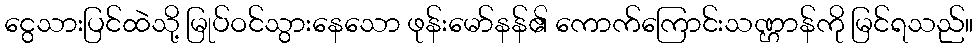
ငွေသားပြင်ထဲသို့ မြုပ်ဝင်သွားနေသော ဖုန်းမော်နန်၏ ကောက်ကြောင်းသဏ္ဌာန်ကို မြင်ရသည်။